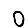
Digit: 0